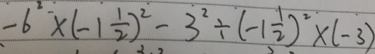
- 6 ^ { 2 } \times ( - 1 \frac { 1 } { 2 } ) ^ { 2 } - 3 ^ { 2 } \div ( - 1 \frac { 1 } { 2 } ) ^ { 2 } \times ( - 3 )